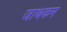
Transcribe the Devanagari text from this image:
जाथकम